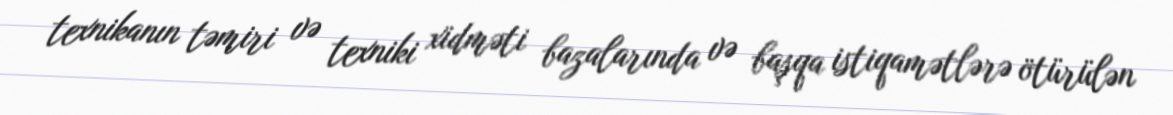
texnikanın təmiri və texniki xidməti bazalarında və başqa istiqamətlərə ötürülən